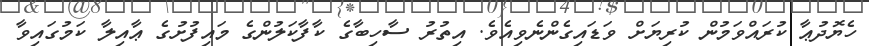
ހެޔޮދުޢާ ކުރައްވަމުން ކުރިޔަށް ވަޑައިގެންނެވިއެވެ. އިތުރު ސާހިބާގެ ކާފާކަލުންގެ މައިފުށުގެ ޢާއިލާ ކަމުގައިވާ